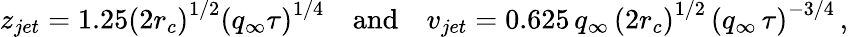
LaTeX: z_{jet}=1.25\left(2r_{c}\right)^{1/2}\left(q_{\infty}\tau\right)^{1/4}\quad\mathrm{and}\quad v_{jet}=0.625\, q_{\infty}\, \left(2r_{c}\right)^{1/2}\, \left(q_{\infty}\, \tau\right)^{-3/4}\, ,